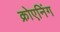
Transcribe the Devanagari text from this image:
क्रोएनिंग